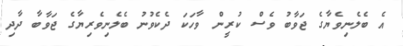
އެ ބެލެނިވެޔާގެ ޖަވާބު ވެސް ކުރީން ވާހަކަ ދެކެވުނު ބެލެނިވެރިޔާގެ ޖަވާބާ ދާދި